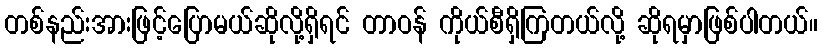
တစ်နည်းအားဖြင့်ပြောမယ်ဆိုလို့ရှိရင် တာဝန် ကိုယ်စီရှိကြတယ်လို့ ဆိုရမှာဖြစ်ပါတယ်။